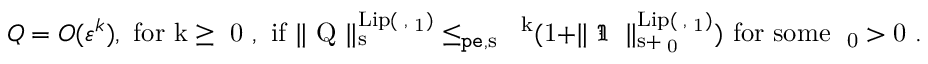
\begin{array} { r } { Q = O ( \varepsilon ^ { k } ) , \mathrm { ~ f o r ~ k \ge ~ 0 ~ , ~ i f ~ \rVert ~ Q ~ \rVert ^ { \mathrm { L i p } ( \gamma , \Omega _ 1 ) } _ { s } \le _ { \mathtt { p e } , s } ~ \varepsilon ^ k ( 1 + \rVert ~ \mathfrak { I } _ \delta ~ \rVert ^ { \mathrm { L i p } ( \gamma , \Omega _ 1 ) } _ { s + \mu _ 0 } ) ~ f o r ~ s o m e ~ \mu _ 0 > 0 ~ } . } \end{array}